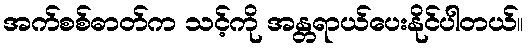
အက်စစ်ဓာတ်က သင့်ကို အန္တရာယ်ပေးနိုင်ပါတယ်။